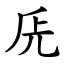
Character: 兏